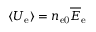
\langle U _ { \mathrm { e } } \rangle = n _ { \mathrm { e 0 } } \overline { E } _ { \mathrm { e } }